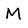
Character: M